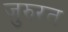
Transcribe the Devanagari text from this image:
जुरुरत